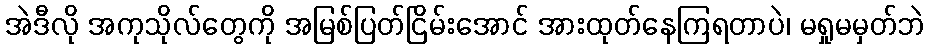
အဲဒီလို အကုသိုလ်တွေကို အမြစ်ပြတ်ငြိမ်းအောင် အားထုတ်နေကြရတာပဲ၊ မရှုမမှတ်ဘဲ